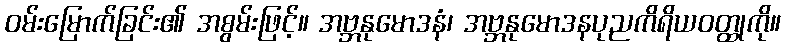
ဝမ်းမြောက်ခြင်း၏ အစွမ်းဖြင့်။ အဗ္ဘနုမောဒနံ၊ အဗ္ဘနုမောဒနပုညကိရိယဝတ္ထုကို။